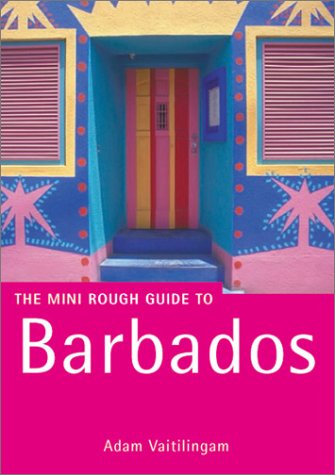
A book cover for The Rough Guide to Barbados; Adam Vaitilingam; Travel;